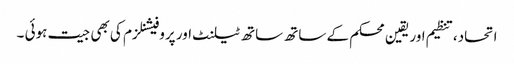
اتحاد،تنظیم اور یقین محکم کے ساتھ ساتھ ٹیلنٹ اور پروفیشنلزم کی بھی جیت ہوئی ۔